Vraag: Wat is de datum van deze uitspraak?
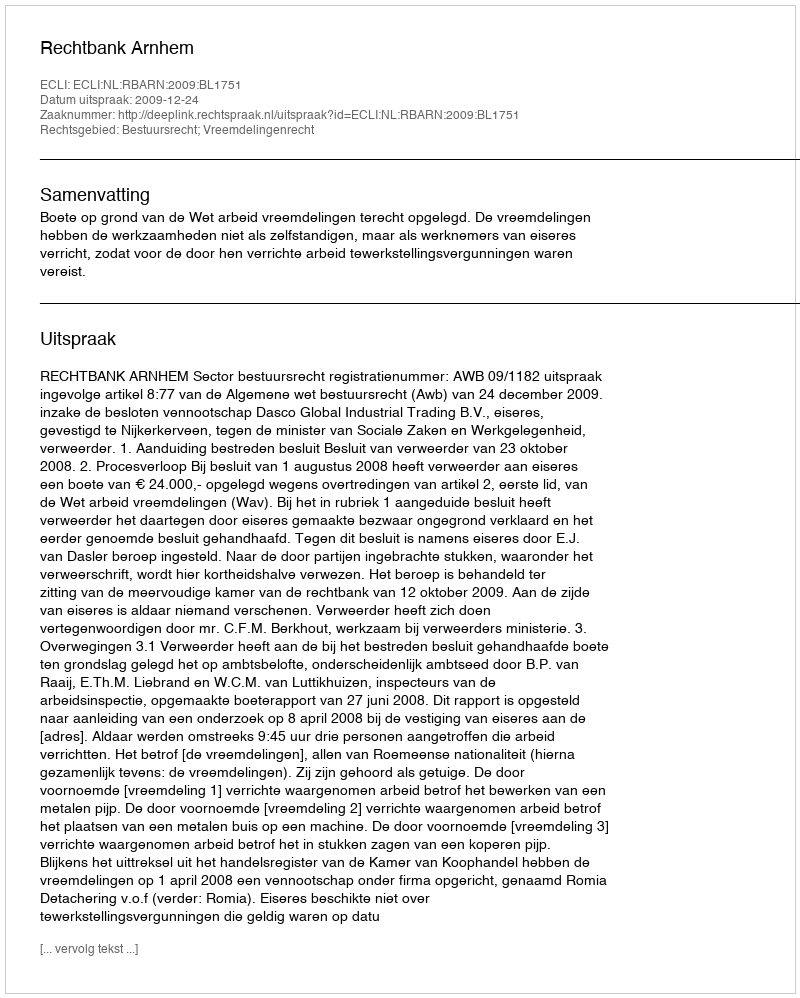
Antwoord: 2009-12-24